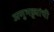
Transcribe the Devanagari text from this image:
अणुभट्ट्यांची